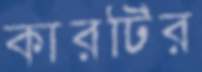
কারটির